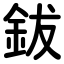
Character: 鈸